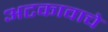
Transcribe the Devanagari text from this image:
अटकावाचे